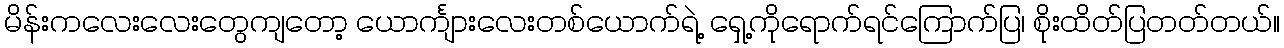
မိန်းကလေးလေးတွေကျတော့ ယောင်္ကျားလေးတစ်ယောက်ရဲ့ ရှေ့ကိုရောက်ရင်ကြောက်ပြ၊ စိုးထိတ်ပြတတ်တယ်။